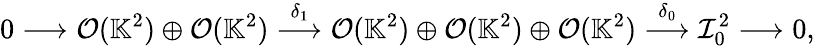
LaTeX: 0\longrightarrow\mathcal{O}(\mathbb{K}^{2})\oplus\mathcal{O}(\mathbb{K}^{2})\stackrel{\delta_{1}}{\longrightarrow}\mathcal{O}(\mathbb{K}^{2})\oplus\mathcal{O}(\mathbb{K}^{2})\oplus\mathcal{O}(\mathbb{K}^{2})\stackrel{\delta_{0}}{\longrightarrow}\mathcal{I}_{0}^{2}\longrightarrow 0,